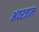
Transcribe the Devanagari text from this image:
भंवरजाल